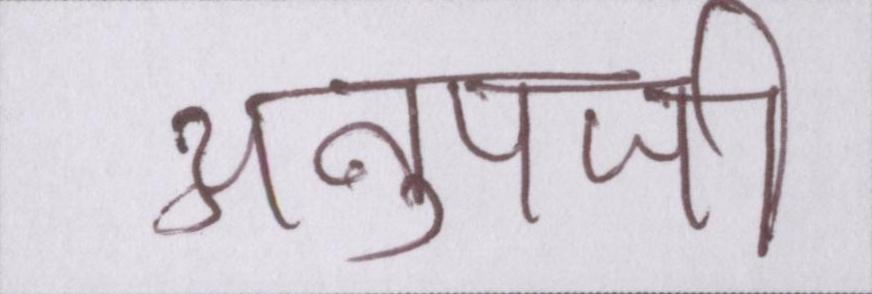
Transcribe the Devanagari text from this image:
अनूपजी